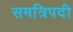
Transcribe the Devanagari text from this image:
समत्रिपदी